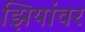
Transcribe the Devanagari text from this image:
झियांवर